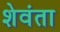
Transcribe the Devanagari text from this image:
शेवंता